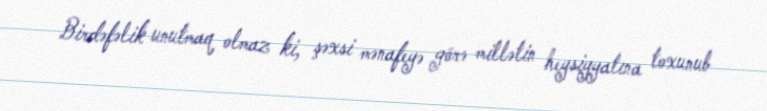
Birdəfəlik unutmaq olmaz ki, şəxsi mənafeyə görə millətin heysiyyatına toxunub